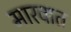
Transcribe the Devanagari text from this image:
मारवात